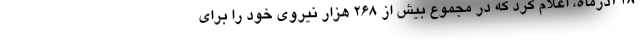
۲۸ آذرماه، اعلام کرد که در مجموع بیش از ۲۶۸ هزار نیروی خود را برای